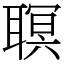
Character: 䏃